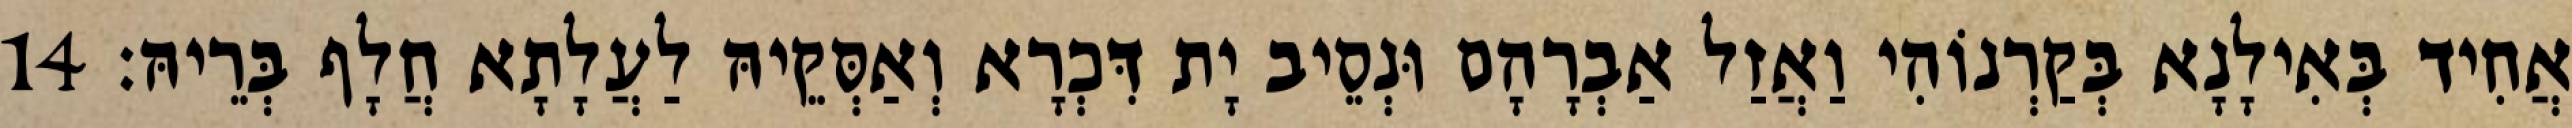
אֲחִיד בְּאִילָנָא בְּקַרְנוֹהִי וַאֲזַל אַבְרָהָם וּנְסֵיב יָת דִּכְרָא וְאַסְּקֵיהּ לַעֲלָתָא חֲלָף בְּרֵיהּ׃ 14